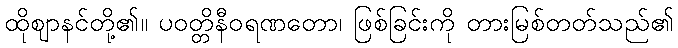
ထိုဈာနင်တို့၏။ ပဝတ္တိနီဝရဏတော၊ ဖြစ်ခြင်းကို တားမြစ်တတ်သည်၏